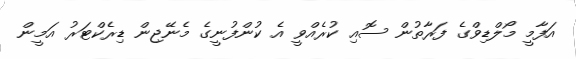
އަފާމީ މޯލްޑިވްގެ ފަރާތުން ސޮއި ކުރެއްވީ އެ ކުންފުނީގެ މެނޭޖިން ޑިރެކްޓަރު އަމީން